Investigations on Bengal jail dietaries - Number 37
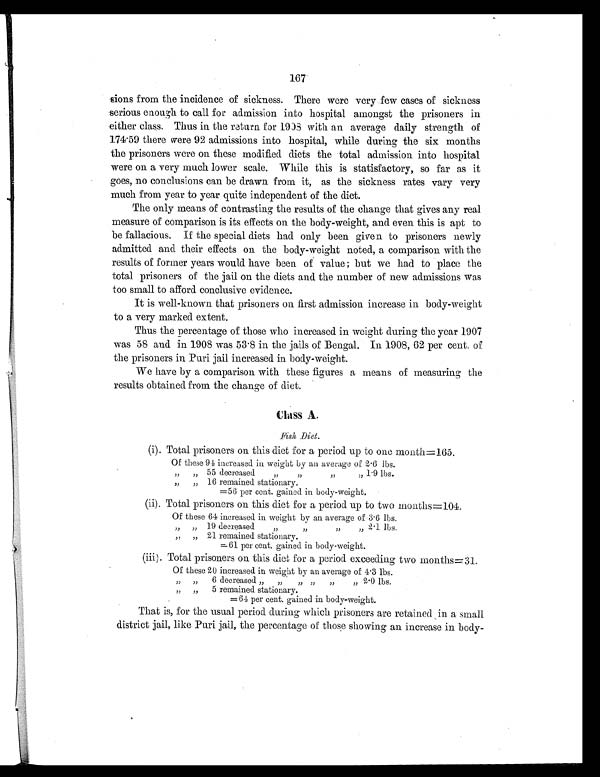
167
sions from the incidence of sickness. There were very few cases of sickness
serious enough to call for admission into hospital amongst the prisoners in
either class. Thus in the return for 1998 with an average daily strength of
174.59 there were 92 admissions into hospital, while during the six months
the prisoners were on these modified diets the total admission into hospital
were on a very much lower scale. While this is statisfactory, so far as it
goes, no conclusions can be drawn from it, as the sickness rates vary very
much from year to year quite independent of the diet.
The only means of contrasting the results of the change that gives any real
measure of comparison is its effects on the body-weight, and even this is apt to
be fallacious. If the special diets had only been given to prisoners newly
admitted and their effects on the body-weight noted, a comparison with the
results of former years would have been of value but we had to place the
total prisoners of the jail on the diets and the number of new admissions was
too small to afford conclusive evidence.
It is well-known that prisoners on first admission increase in body-weight
to a very marked extent.
Thus the percentage of those who increased in weight during the year 1907
was 58 and in 1908 was 53.8 in the jails of Bengal. In 1908, 62 per cent. of
the prisoners in Puri jail increased in body-weight.
We have by a comparison with these figures a means of measuring the
results obtained from the change of diet.
Class A.
Fish Diet.
(1). Total prisoners on this diet for a period up to one month=165.
Of these 94 increased in weight by an average of 2.6 lbs.
"
" 55 decreased
"
"
" 1.9 lbs.
"
" 16 remained stationary.
=56 per cent. gained in body-weight.
(ii). Total prisoners on this diet for a period up to two months=104.
Of these 64 increased in weight by an average of 3.6 lbs
."
"
19 decreased
"
"
"
"
"
21 remained stationary.
= 61 per cent. gained in body-weight.
(iii). Total prisoners on this diet for a period exceeding two months=31.
"
6 decreased "
"
"
"
" 2.0 lbs.
"
5 remained stationary.
=64 per cent. gained in body-weight.
That is, for the usual period during which prisoners are retained in a small
district jail, like Puri jail, the percentage of those showing an increase in body-